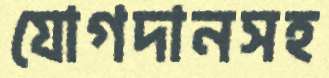
যোগদানসহ